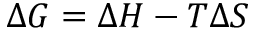
\Delta G = \Delta H - T \Delta S